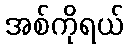
အစ်ကိုရယ်